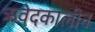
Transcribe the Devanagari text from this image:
ऋवेदकालीन